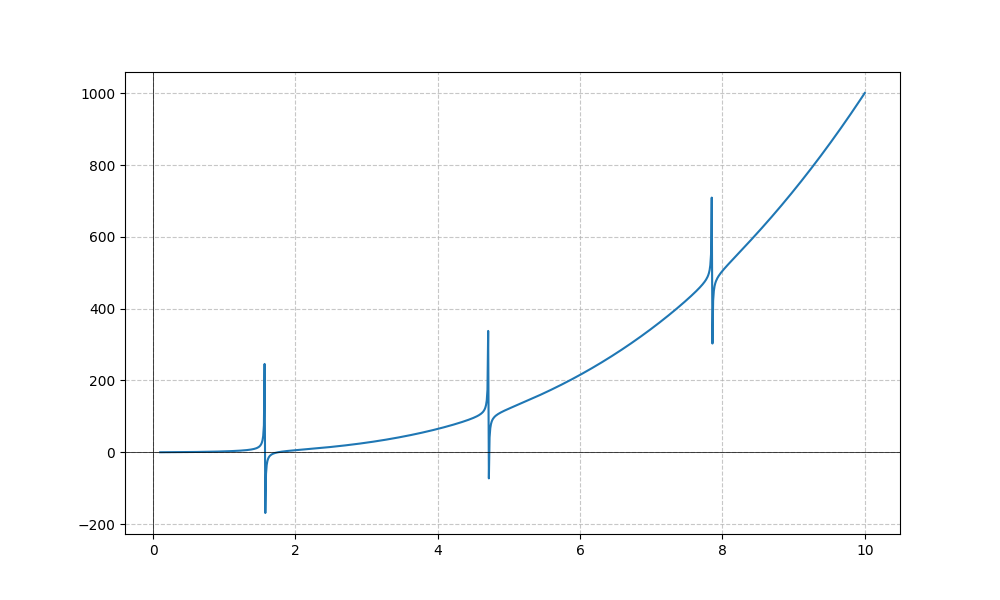
LaTeX formula: x^{3} + \tan{\left(x \right)}